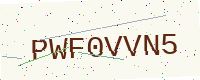
Text: PWF0VVN5